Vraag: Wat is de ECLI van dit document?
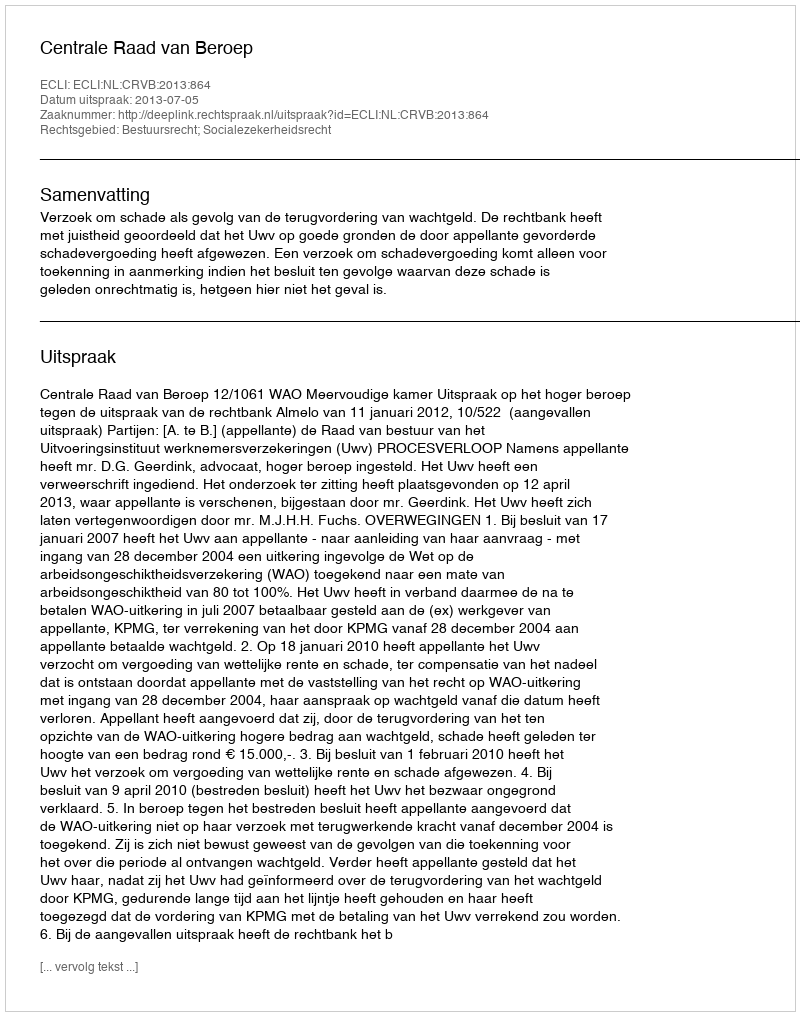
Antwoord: ECLI:NL:CRVB:2013:864